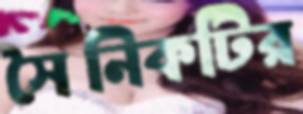
সৈনিকটির